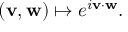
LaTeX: ( \mathbf { v } , \mathbf { w } ) \mapsto e ^ { i \mathbf { v } \cdot \mathbf { w } } .